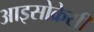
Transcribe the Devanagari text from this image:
आइसोक्रेसी